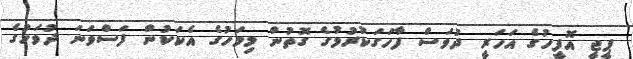
ޕީޖީ އޮފީހުގެ އަހަރީ ދުވަސް ފާހަގަކުރުމުގެ ގޮތުން މިމަހުގެ އެކަކުން ފަސްވަނަ ދުވަހުގެ